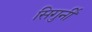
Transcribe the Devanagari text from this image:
सिगुर्नी